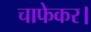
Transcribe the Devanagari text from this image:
चाफेकर।